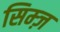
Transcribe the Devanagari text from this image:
सिम्ज़